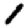
Digit: 1